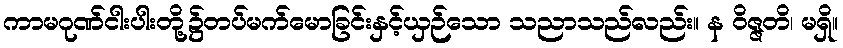
ကာမဂုဏ်ငါးပါးတို့၌တပ်မက်မောခြင်းနှင့်ယှဉ်သော သညာသည်လည်း။ န ဝိဇ္ဇတိ၊ မရှိ။